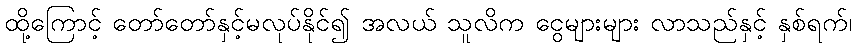
ထို့ကြောင့် တော်တော်နှင့်မလုပ်နိုင်၍ အလယ် သူလိက ငွေများများ လာသည်နှင့် နှစ်ရက်၊